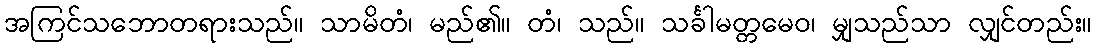
အကြင်သဘောတရားသည်။ သာမိတံ၊ မည်၏။ တံ၊ သည်။ သင်္ခါမတ္တမေဝ၊ မျှသည်သာ လျှင်တည်း။